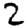
Digit: 2